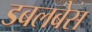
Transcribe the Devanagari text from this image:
डबलबेस